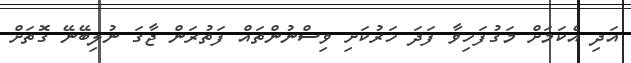
އަދި އެކަމަށް މަގުފަހިވާ ފަދަ ހަރުކަށި ވިސްނުންތައް ފަތުރަން ޖާގަ ނުލިބޭނޭ ގޮތަށް